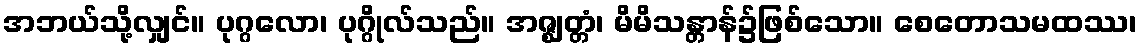
အဘယ်သို့လျှင်။ ပုဂ္ဂလော၊ ပုဂ္ဂိုလ်သည်။ အဇ္ဈတ္တံ၊ မိမိသန္တာန်၌ဖြစ်သော။ စေတောသမထဿ၊